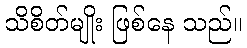
သိစိတ်မျိုး ဖြစ်နေ သည်။